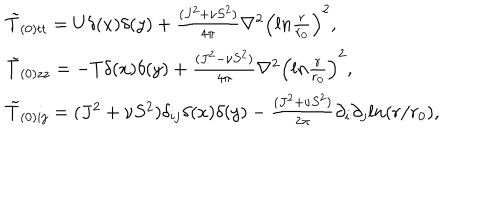
LaTeX: \begin{array} { l l } { { \tilde { T } _ { ( 0 ) t t } = U \delta ( x ) \delta ( y ) + \frac { ( J ^ { 2 } + \nu S ^ { 2 } ) } { 4 \pi } \nabla ^ { 2 } \left( l n \frac { r } { r _ { 0 } } \right) ^ { 2 } , } } \\ { { \tilde { T } _ { ( 0 ) z z } = - T \delta ( x ) \delta ( y ) + \frac { ( J ^ { 2 } - \nu S ^ { 2 } ) } { 4 \pi } \nabla ^ { 2 } \left( l n \frac { r } { r _ { 0 } } \right) ^ { 2 } , } } \\ { { \tilde { T } _ { ( 0 ) i j } = ( J ^ { 2 } + \nu S ^ { 2 } ) \delta _ { i j } \delta ( x ) \delta ( y ) - \frac { ( J ^ { 2 } + \nu S ^ { 2 } ) } { 2 \pi } \partial _ { i } \partial _ { j } l n ( r / r _ { 0 } ) , } } \\ \end{array}